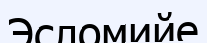
Эсломийе